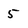
Character: 5